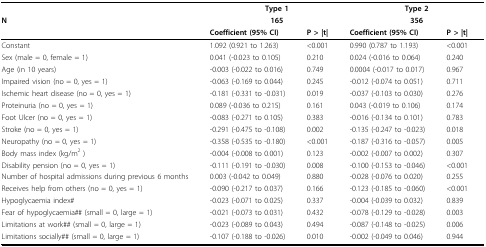
<table><thead><tr><td></td><td colspan="2"><b>Type 1</b></td><td colspan="2"><b>Type 2</b></td></tr><tr><td><b>N</b></td><td colspan="2"><b>165</b></td><td colspan="2"><b>356</b></td></tr><tr><td></td><td><b>Coefficient (95% CI)</b></td><td><b>P &gt; |t|</b></td><td><b>Coefficient (95% CI)</b></td><td><b>P &gt; |t|</b></td></tr></thead><tbody><tr><td>Constant</td><td>1.092 (0.921 to 1.263)</td><td>&lt;0.001</td><td>0.990 (0.787 to 1.193)</td><td>&lt;0.001</td></tr><tr><td>Sex (male = 0, female = 1)</td><td>0.041 (-0.023 to 0.105)</td><td>0.210</td><td>0.024 (-0.016 to 0.064)</td><td>0.240</td></tr><tr><td>Age (in 10 years)</td><td>-0.003 (-0.022 to 0.016)</td><td>0.749</td><td>0.0004 (-0.017 to 0.017)</td><td>0.967</td></tr><tr><td>Impaired vision (no = 0, yes = 1)</td><td>-0.063 (-0.169 to 0.044)</td><td>0.245</td><td>-0.012 (-0.074 to 0.051)</td><td>0.711</td></tr><tr><td>Ischemic heart disease (no = 0, yes = 1)</td><td>-0.181 (-0.331 to -0.031)</td><td>0.019</td><td>-0.037 (-0.103 to 0.030)</td><td>0.276</td></tr><tr><td>Proteinuria (no = 0, yes = 1)</td><td>0.089 (-0.036 to 0.215)</td><td>0.161</td><td>0.043 (-0.019 to 0.106)</td><td>0.174</td></tr><tr><td>Foot Ulcer (no = 0, yes = 1)</td><td>-0.083 (-0.271 to 0.105)</td><td>0.383</td><td>-0.016 (-0.134 to 0.101)</td><td>0.783</td></tr><tr><td>Stroke (no = 0, yes = 1)</td><td>-0.291 (-0.475 to -0.108)</td><td>0.002</td><td>-0.135 (-0.247 to -0.023)</td><td>0.018</td></tr><tr><td>Neuropathy (no = 0, yes = 1)</td><td>-0.358 (-0.535 to -0.180)</td><td>&lt;0.001</td><td>-0.187 (-0.316 to -0.057)</td><td>0.005</td></tr><tr><td>Body mass index (kg/m<sup>2 </sup>)</td><td>-0.004 (-0.008 to 0.001)</td><td>0.123</td><td>-0.002 (-0.007 to 0.002)</td><td>0.307</td></tr><tr><td>Disability pension (no = 0, yes = 1)</td><td>-0.111 (-0.191 to -0.030)</td><td>0.008</td><td>-0.100 (-0.153 to -0.046)</td><td>&lt;0.001</td></tr><tr><td>Number of hospital admissions during previous 6 months</td><td>0.003 (-0.042 to 0.049)</td><td>0.880</td><td>-0.028 (-0.076 to 0.020)</td><td>0.255</td></tr><tr><td>Receives help from others (no = 0, yes = 1)</td><td>-0.090 (-0.217 to 0.037)</td><td>0.166</td><td>-0.123 (-0.185 to -0.060)</td><td>&lt;0.001</td></tr><tr><td>Hypoglycaemia index#</td><td>-0.023 (-0.071 to 0.025)</td><td>0.337</td><td>-0.004 (-0.039 to 0.032)</td><td>0.839</td></tr><tr><td>Fear of hypoglycaemia## (small = 0, large = 1)</td><td>-0.021 (-0.073 to 0.031)</td><td>0.432</td><td>-0.078 (-0.129 to -0.028)</td><td>0.003</td></tr><tr><td>Limitations at work## (small = 0, large = 1)</td><td>-0.023 (-0.089 to 0.043)</td><td>0.494</td><td>-0.087 (-0.148 to -0.025)</td><td>0.006</td></tr><tr><td>Limitations socially## (small = 0, large = 1)</td><td>-0.107 (-0.188 to -0.026)</td><td>0.010</td><td>-0.002 (-0.049 to 0.046)</td><td>0.944</td></tr></tbody></table>